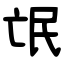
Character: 氓